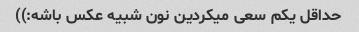
حداقل یکم سعی میکردین نون شبیه عکس باشه:))